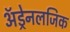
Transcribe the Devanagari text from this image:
अॅड्रेनलजिक